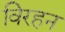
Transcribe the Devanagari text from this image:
विरहन